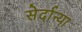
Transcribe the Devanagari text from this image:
सेर्दान्या